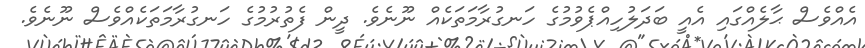
އެއްވެސް ޙާލެއްގައި އެއީ ބަދަލުހިއްޕެވުމުގެ ހަނގުރާމަތަކެއް ނޫނެވެ. ދީން ފެތުރުމުގެ ހަނގުރާމަތަކެއްވެސް ނޫނެވެ.